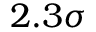
2 . 3 \sigma